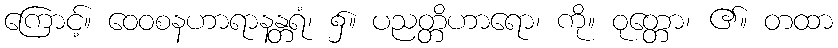
ကြောင့်။ ဝေဝစနဟာရာနန္တရံ၊ ၌။ ပညတ္တိဟာရော၊ ကို။ ဝုတ္တော၊ ၏။ တထာ